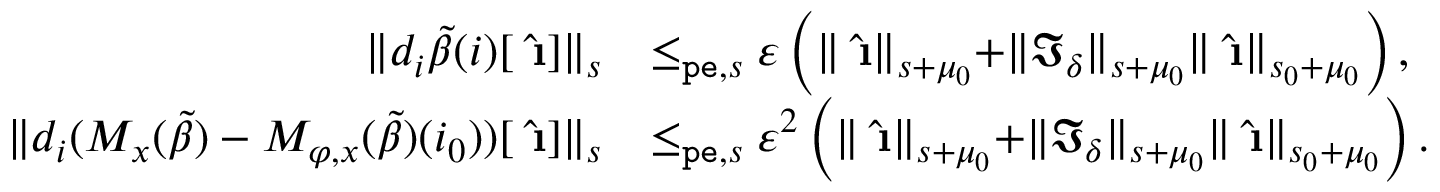
\begin{array} { r l } { \rVert d _ { i } \tilde { \beta } ( i ) [ \hat { \textbf { \i } } ] \rVert _ { s } } & { \le _ { \mathtt { p e } , s } \varepsilon \left( \rVert \hat { \textbf { \i } } \rVert _ { s + \mu _ { 0 } } + \rVert \mathfrak { I } _ { \delta } \rVert _ { s + \mu _ { 0 } } \rVert \hat { \textbf { \i } } \rVert _ { s _ { 0 } + \mu _ { 0 } } \right) , } \\ { \rVert d _ { i } ( M _ { x } ( \tilde { \beta } ) - M _ { \varphi , x } ( \tilde { \beta } ) ( i _ { 0 } ) ) [ \hat { \textbf { \i } } ] \rVert _ { s } } & { \le _ { \mathtt { p e } , s } \varepsilon ^ { 2 } \left( \rVert \hat { \textbf { \i } } \rVert _ { s + \mu _ { 0 } } + \rVert \mathfrak { I } _ { \delta } \rVert _ { s + \mu _ { 0 } } \rVert \hat { \textbf { \i } } \rVert _ { s _ { 0 } + \mu _ { 0 } } \right) . } \end{array}